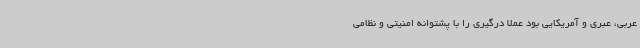
عربی، عبری و آمریکایی بود عملاً درگیری را با پشتوانه امنیتی و نظامی